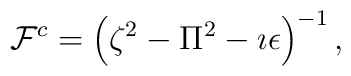
{\cal F}^c =\left(\zeta^2-\Pi^2-\imath\epsilon\right)^{-1},